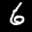
Label: 6